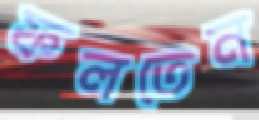
ফলতেন